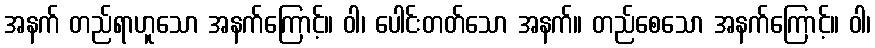
အနက် တည်ရာဟူသော အနက်ကြောင့်။ ဝါ၊ ပေါင်းတတ်သော အနက်။ တည်စေသော အနက်ကြောင့်။ ဝါ၊